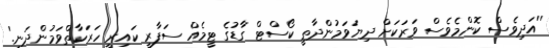
''އަދިވެސް ކޮންމެވެސް ވަރަކަށް ދިޔަވަމުންދާތީ ކޯސްޓް ގާޑުގެ ޓީމެއް ސަފާރީ ކައިރީ ހަރަކާތްވަމުންދަނީ.'